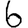
Digit: 6